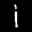
Label: 1